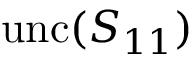
\mathrm { u n c } ( S _ { 1 1 } )